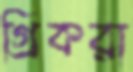
গ্রিকরা